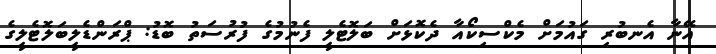
އޭނާ އެނބުރި ގައުމަށް މެކްސިކޯއާ ދެކޮޅަށް ބަލޮޓެލީ ފެނުމުގެ ފުރުސަތު ބޮޑު: ޕްރަންޑެލީބަލޮޓެލީގެ